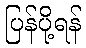
ပြန်ပို့ရန်